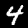
Digit: 4